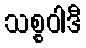
သစ္စဝါဒီ